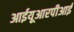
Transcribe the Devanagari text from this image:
आईयूआरपीआई